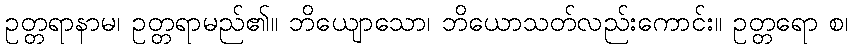
ဥတ္တရာနာမ၊ ဥတ္တရာမည်၏။ ဘိယျောသော၊ ဘိယောသတ်လည်းကောင်း။ ဥတ္တရော စ၊